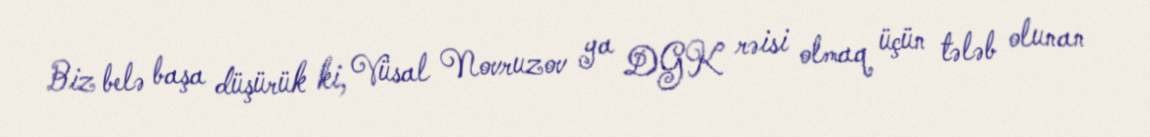
Biz belə başa düşürük ki, Vüsal Novruzov ya DGK rəisi olmaq üçün tələb olunan